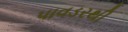
પાવડરથી